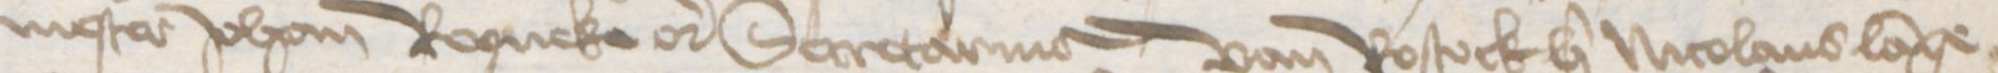
Transcription: nester Johan Ropneke etcetera Secretarius van Rostock her Nicolaus Lange